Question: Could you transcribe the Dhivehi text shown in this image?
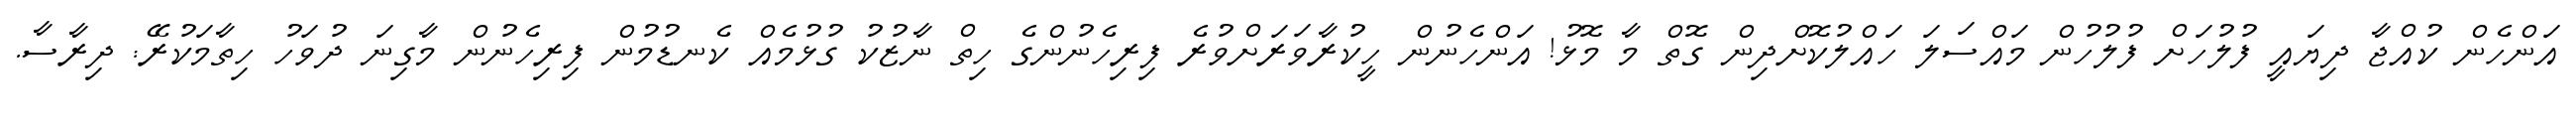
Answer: އަންހެން ކުއްޖާ ދިޔައީ ފުލުހަށް ފުލުހުން މައްސަލަ ހައްލުކޮށްދިން ގޮތް މާ މޮޅު! އަންހެނުން ހީކުރާވަރަށްވުރެ ފިރިހެނުންގެ ހިތް ނާޒުކު ގުޅުމެއް ކެނޑުމުން ފިރިހެނުން މާގިނަ ދުވަހު ހިތާމަކުރޭ: ދިރާސާ.